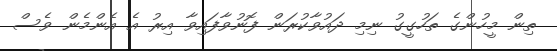
ތިން މީހުންގެ ތަހުގީގު ނިމި ދައުވާކުރަން ފޮނުވާފައިވާ އިރު އެ އެންމެން ވެސް